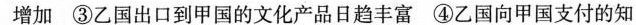
增加 ③乙国出口到甲国的文化产品日趋丰富 ④乙国向甲国支付的知